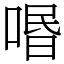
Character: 㗃